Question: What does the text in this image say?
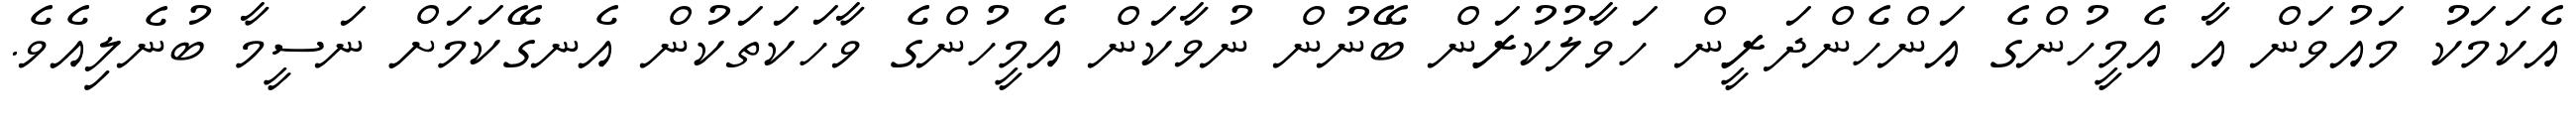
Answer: އެކަމަކު މައުވަން އާ އެމީހުންގެ އަންހެންދަރީން ހަވާލުކުރަން ބޭނުން ނުވާކަން އެމީހުންގެ ވާހަކަތަކުން އެނގޭކަމަށް ނަސީމާ ބުނެލިއެވެ.